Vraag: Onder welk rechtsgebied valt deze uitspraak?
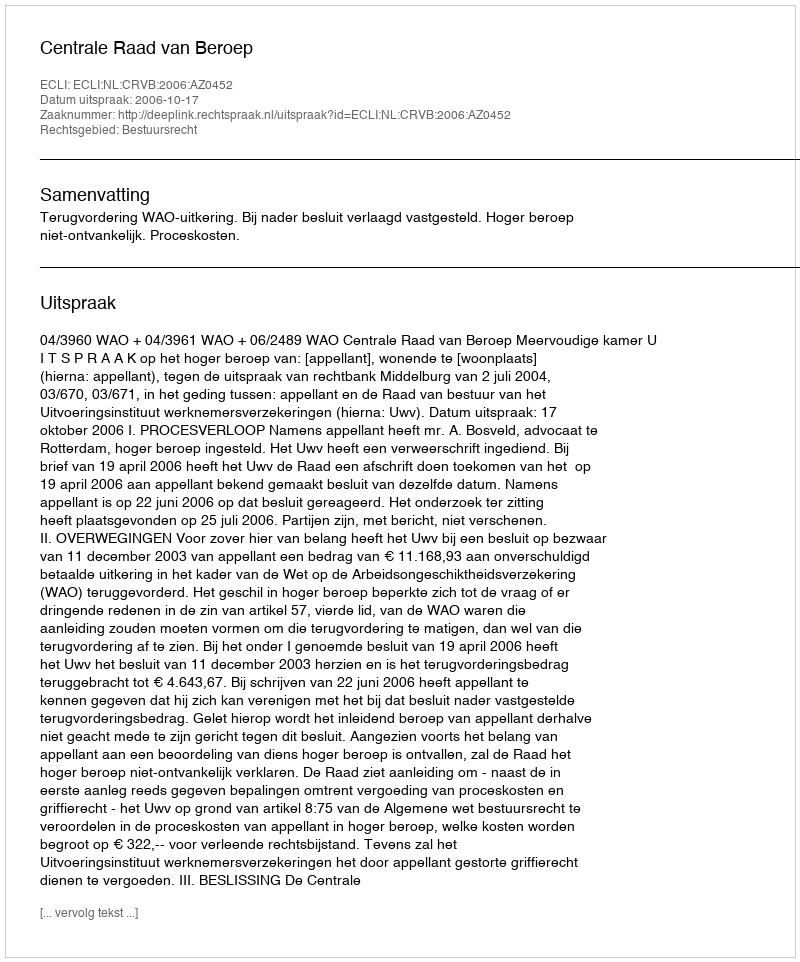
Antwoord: Bestuursrecht